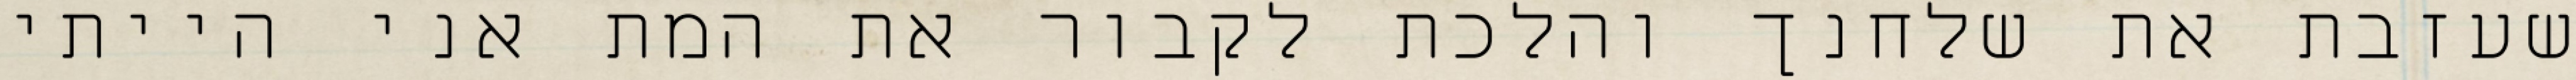
שעזבת את שלחנך והלכת לקבור את המת אני הייתי